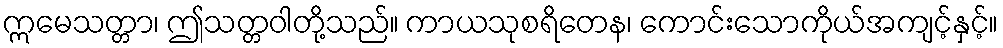
ဣမေသတ္တာ၊ ဤသတ္တဝါတို့သည်။ ကာယသုစရိတေန၊ ကောင်းသောကိုယ်အကျင့်နှင့်။